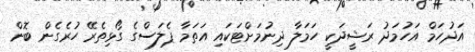
އަދުހަމް އަހުމަދު ރަޝީދަކީ ހަމަލާ ދިނުމަށްޓަކައި އަތަމާ ޕެލަސްގެ ގޯޅިތެރޭ ހުރެގެން ބޮން